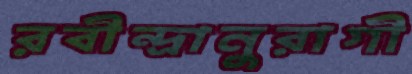
রবীন্দ্রানুরাগী